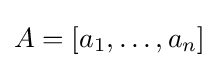
A=[a_{1},\ldots ,a_{n}]